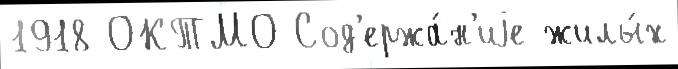
1918 ОКТМО Сод'ержа́н'иjе жилы́х